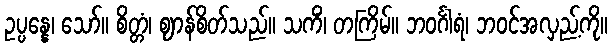
ဥပ္ပန္နေ၊ သော်။ စိတ္တံ၊ ဈာန်စိတ်သည်။ သကိံ၊ တကြိမ်။ ဘဝင်္ဂါရံ၊ ဘဝင်အလှည့်ကို။